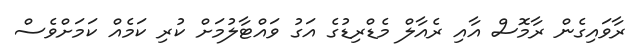
ރާވައިގެން ރާމޮސް އާއި ރެއާލް މެޑްރިޑުގެ އަގު ވައްޓާލުމަށް ކުރި ކަމެއް ކަމަށްވެސް